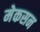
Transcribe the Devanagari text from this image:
मेकसन